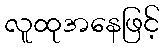
လူထုအနေဖြင့်